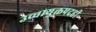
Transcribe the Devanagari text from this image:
उच्चायुक्तपदही